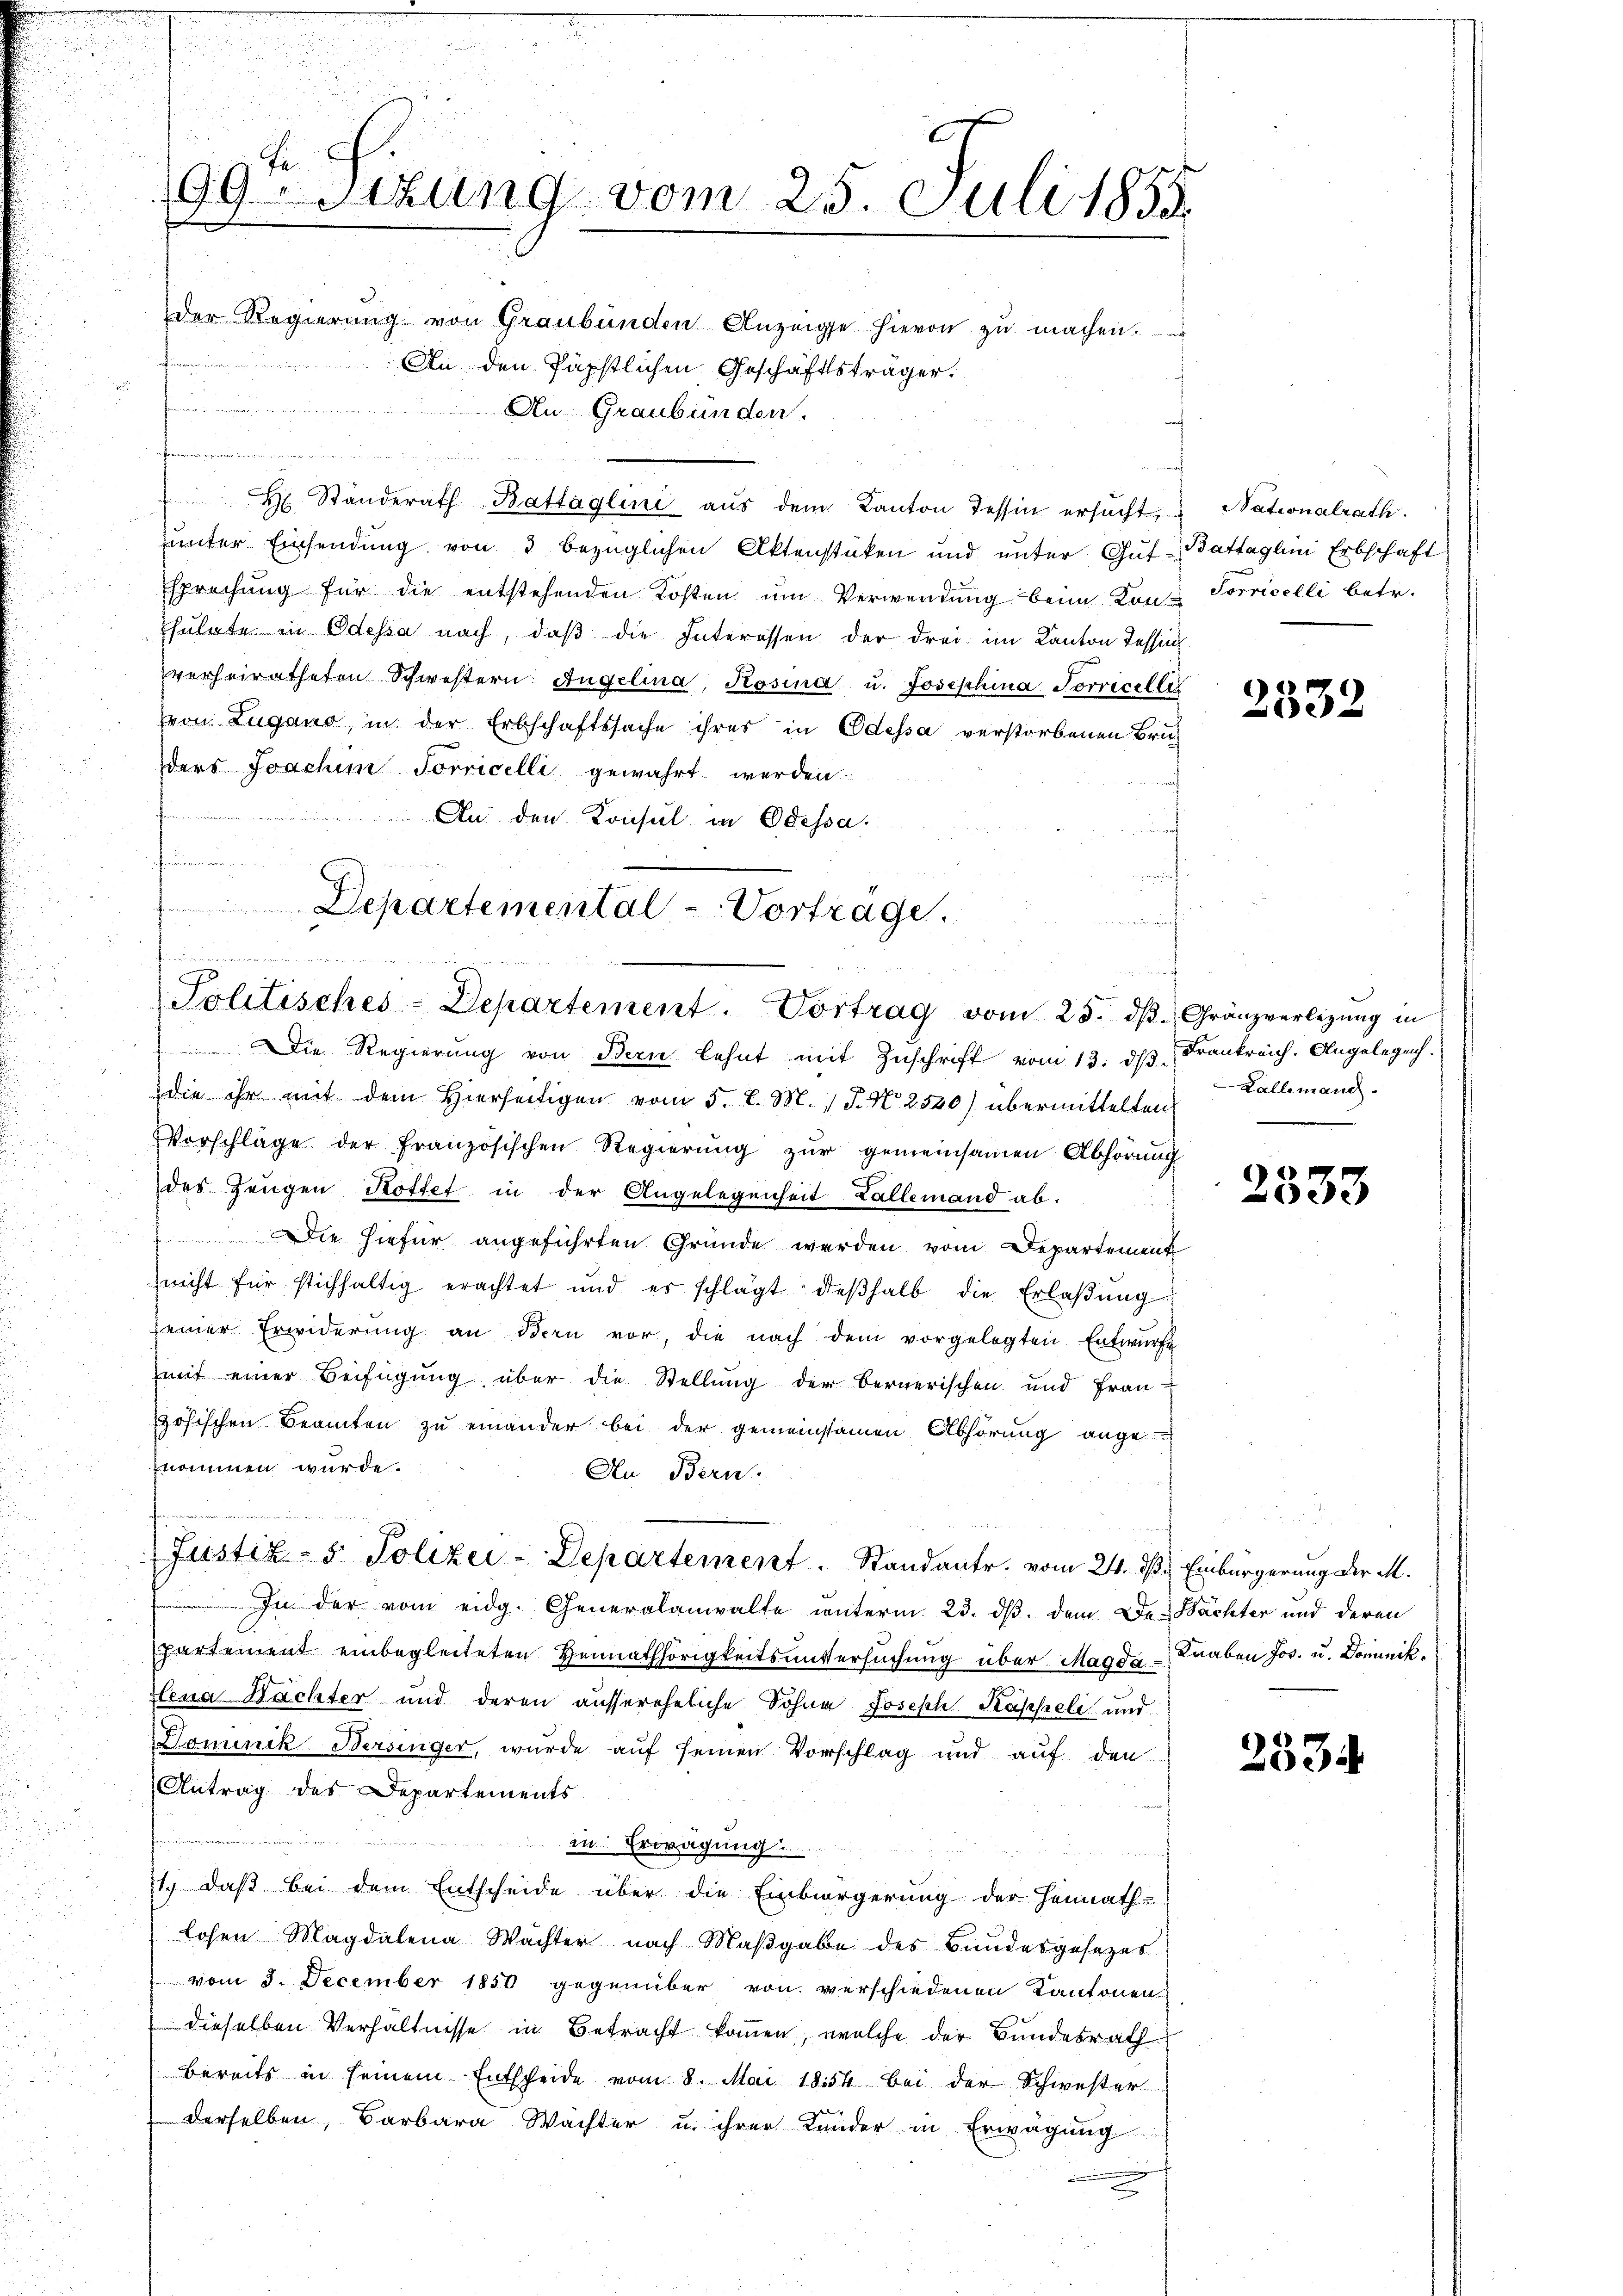
99sizung vom 25. Juli 1855.
der Regierŭng von Graubünden Anzeige hievon zŭ machen.
An den Päpstlichen Geschäftsträger.
n
An Graubünden.

u
H Ständerath Battäglini aus dem Kanton Tessin ersucht,
unter Einsendung von 3 bezüglichen Aktenstücken und unter Gutsprechung für die entstehenden Kosten um Verwendung beim Kon-Sorricelli betr.
hülute in Odessa nach, daβ die Interessen der drei im Kanton Tessin
verheiratheten Schwestern Angelina, Rosina u. Josephina Porricelle
von Zugano, in der Erbschaftssache ihres in Odessa verstorbenen Bruders Joachim Sorricelli gewahrt werden.
 An den Konsul in Odessa
 wur

Departemental-Vortrage.
ewegung erwaaren un
Politisches-Departement. Vortrag vom 25. dβ. Gränzverlegŭng in

Justiz- & Polizei-Departement  .     Standante. vom 24. ds. Einbürgerung der M.

Die Regierung von Bern lehnt mit Zuschrift vom 13. ds Frankreich. Angelegenh
die ihr mit dem hierseitigen vom 5. d. M. 1 J. N. 2520) übermittelten
Vorschläge der französischen Regierŭng zŭr gemeinsamen Abhörung
des Zeugen Kottet in der Angelegenheit allemand ab-
Die hiefür angeführten Gründe werden vom Departement
nicht für stichhaltig erachtet und es schlägt deβhalb die Erlaβŭng
seiner Erwiderŭng an dern vor, die nach dem vorgelegten Entwürfe
mit einer Beifügung über die Stellung der Bernerischen und Frau
zösischen Beamten zu einander bei der gemeinsamen Abhörung ange-
nommen wurde.
An Bern.
In der vom eidg. Generalanwalte unterm 23. dβ. dem Den Nächter und deren
Partement einbegleiteten Heimathörigkeitsuntersuchung über Magda Knaben Jos. u. Dominik.
lena Nächter und deren aussereheliche Sohne Joseph Kapseli und
Dominik Bersinger, wurde auf seinen Vorschlag und auf den
Antrag des Departements
in Erwägung.
1.) Daß bei dem Entscheide über die Einbürgerung der Heimath-
losen Magdalena Wächter nach Maβgabe des Bundesgesezes
vom 3. December 1850 gegenüber von verschiedenen Kantonen
dieselben Verhältnisse in Betracht kommen, welche der Bundesrath
bereits in seinem Entscheide vom 8. Mai 1854 bei der Schwester
derselben, Barbara Wächter u. ihrer Kunder in Erwägung

a

Nationalrath.
Battaglini Erbschaft

2532

Kallemand.
.

)
2033

2334.